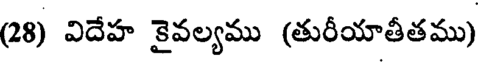
(28) విదేహ కైవల్యము (తురీయాతీతము)